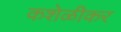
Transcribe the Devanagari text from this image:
कशेळीकर